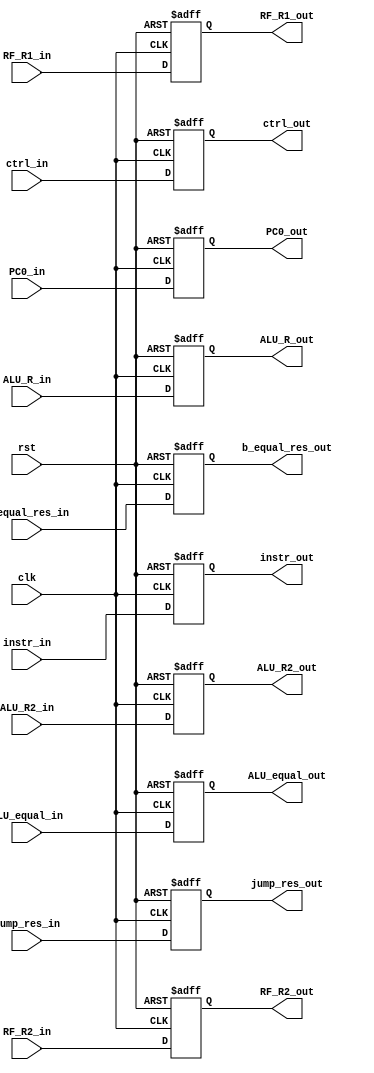
`timescale 1ns / 1ps
//////////////////////////////////////////////////////////////////////////////////
// Company: 
// Engineer: 
// 
// Design Name: 
// Module Name: EX_MEM
// Project Name: 
// Target Devices: 
// Tool Versions: 
// Description: 
// 
// Dependencies: 
// 
// Revision:
// Revision 0.01 - File Created
// Additional Comments:
// 
//////////////////////////////////////////////////////////////////////////////////


module EX_MEM(
        input [31:0] ALU_R_in,
        input [31:0] ALU_R2_in,
        input ALU_equal_in,
        input [31:0] instr_in,
        input [31:0] ctrl_in,
        input [31:0] b_equal_res_in, //PC
        input [15:0] PC0_in,
        input [31:0] jump_res_in,
        input [31:0] RF_R2_in,
        input [31:0] RF_R1_in,
        input clk,
        input rst,
        output reg [31:0] ALU_R_out,
        output reg [31:0] ALU_R2_out,
        output reg ALU_equal_out,
        output reg [31:0] instr_out,
        output reg [31:0] ctrl_out,
        output reg [31:0] b_equal_res_out,
        output reg [15:0] PC0_out,
        output reg [31:0] jump_res_out,
        output reg [31:0] RF_R2_out,
        output reg [31:0] RF_R1_out
            );
            
        always@(posedge clk or negedge rst)
        begin
            if(~rst)
            begin
                ALU_R_out <= 0;
                ALU_R2_out <= 0;
                ALU_equal_out <= 0;
                instr_out <= 0;
                ctrl_out <= 0;
                b_equal_res_out <= 0;
                PC0_out <= 0;
                jump_res_out <= 0;
                RF_R2_out <= 0;
                RF_R1_out <= 0;
            end
            else
            begin
                 ALU_R_out <= ALU_R_in;
                 ALU_R2_out <= ALU_R2_in;
                 ALU_equal_out <= ALU_equal_in;
                 instr_out <= instr_in;
                 ctrl_out <= ctrl_in;
                 b_equal_res_out <= b_equal_res_in;
                 PC0_out <= PC0_in;
                 jump_res_out <= jump_res_in;
                 RF_R2_out <= RF_R2_in;
                 RF_R1_out <= RF_R1_in;
            end
        end
endmodule